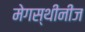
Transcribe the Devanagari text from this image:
मेगस्थीनीज